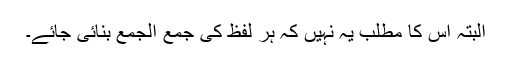
البتہ اس کا مطلب یہ نہیں کہ ہر لفظ کی جمع الجمع بنائی جائے۔